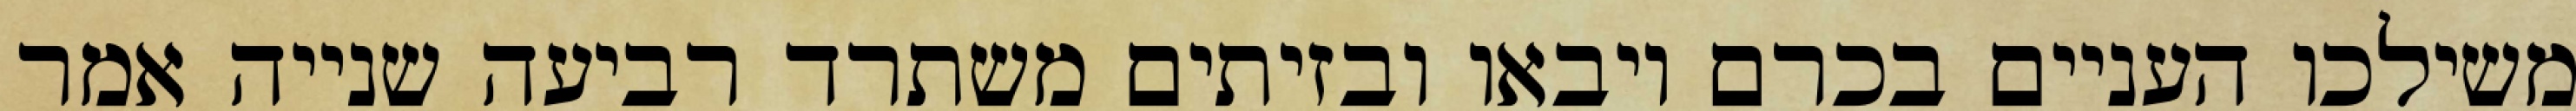
משילכו העניים בכרם ויבאו ובזיתים משתרד רביעה שנייה אמר